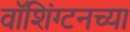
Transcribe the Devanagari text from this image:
वाॅशिंग्टनच्या